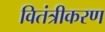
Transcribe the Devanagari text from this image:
वितंत्रीकरण